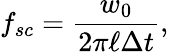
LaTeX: f_{sc}=\frac{w_{0}}{2\pi\ell\Delta t},